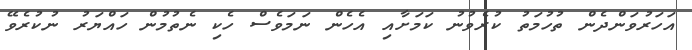
އަހަރުވަންދެން ތުހުމަތު ކުރެވުނު ކަމަށާއި އެހެން ނަމަވެސް ހެކި ނެތުމުން ހައްޔަރު ނުކުރެވޭ